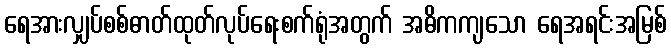
ရေအားလျှပ်စစ်ဓာတ်ထုတ်လုပ်ရေးစက်ရုံအတွက် အဓိကကျသော ရေအရင်းအမြစ်